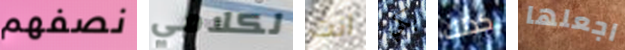
نصفهم لكلامي انت بكي كذلك اجعلها